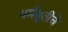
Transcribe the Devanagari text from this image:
धर्मश्रुतीचे